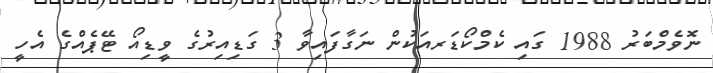
ނޮވެމްބަރު 1988 ގައި ކެމްކޯޑަރއަކުން ނަގާފައިވާ 3 ގަޑިއިރުގެ ވީޑިއޯ ޓޭޕެއްގެ އެހީ